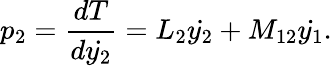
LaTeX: p_{2}=\frac{dT}{d\dot{y_{2}}}=L_{2}\dot{y_{2}}+M_{12}\dot{y_{1}}.